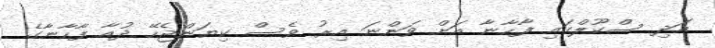
އަދި ސްކޫލްގައި ފާހާނާ އަށް ވަންނަ އިރު ވެސް ކިޔަންޖެހޭ ދުއާ ފާހާނާގެ